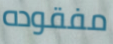
مفقوده